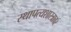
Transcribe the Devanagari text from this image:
स्थापत्यशास्त्रावर